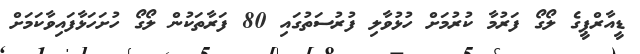
ޑީއާރްޕީގެ ލޯގޯ ފަރުމާ ކުރުމަށް ހުޅުވާލި ފުރުސަތުގައި 80 ފަރާތަކުން ލޯގޯ ހުށަހަޅާފައިވާކަމަށް